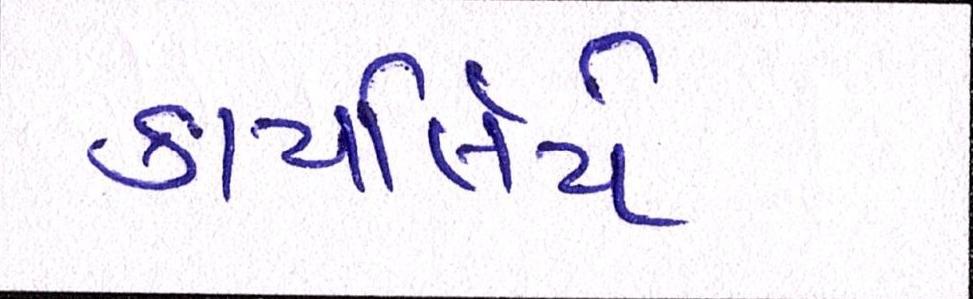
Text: કાયર્લિયે